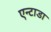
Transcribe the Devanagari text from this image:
एन्टाडा